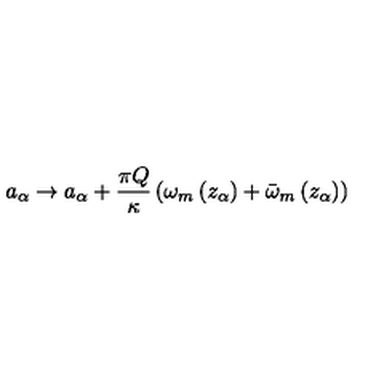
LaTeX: a _ { \alpha } \rightarrow a _ { \alpha } + \frac { \pi Q } { \kappa } \left( \omega _ { m } \left( z _ { \alpha } \right) + \bar { \omega } _ { m } \left( z _ { \alpha } \right) \right)